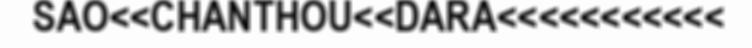
SAO<<CHANTHOU<<DARA<<<<<<<<<<<